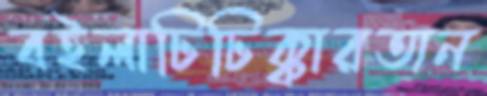
বইলাঢিঢিক্কারতান